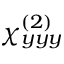
\chi _ { y y y } ^ { ( 2 ) }